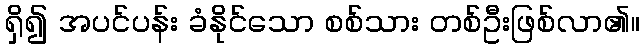
ရှိ၍ အပင်ပန်း ခံနိုင်သော စစ်သား တစ်ဦးဖြစ်လာ၏။